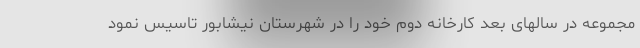
مجموعه در سالهای بعد کارخانه دوم خود را در شهرستان نیشابور تاسیس نمود